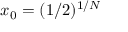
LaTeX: x _ { 0 } = ( 1 / 2 ) ^ { 1 / N }